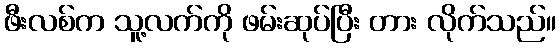
ဖီးလစ်က သူ့လက်ကို ဖမ်းဆုပ်ပြီး တား လိုက်သည်။